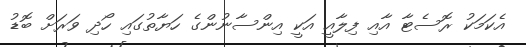
އެކަމަކު ރޮސެޓާ އާއި ފިލާއީ އަކީ އިންސާނުންގެ ހަޔާތުގައި ހޯދި ވަރަށް ބޮޑު